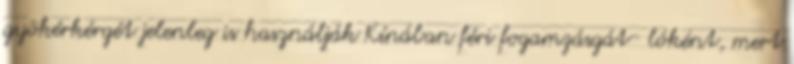
gyökérkérgét jelenleg is használják Kínában féri fogamzásgát- lóként, mert